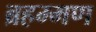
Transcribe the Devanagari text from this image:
ब्रहम्मण